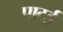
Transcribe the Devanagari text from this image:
पाटई